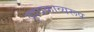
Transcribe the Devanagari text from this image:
दृश्यकाव्यरूप